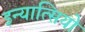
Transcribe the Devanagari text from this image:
इन्यात्सियो